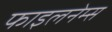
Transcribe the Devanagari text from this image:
फाइलनेम्स